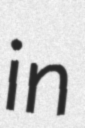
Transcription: in